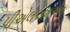
પીએલએમએન